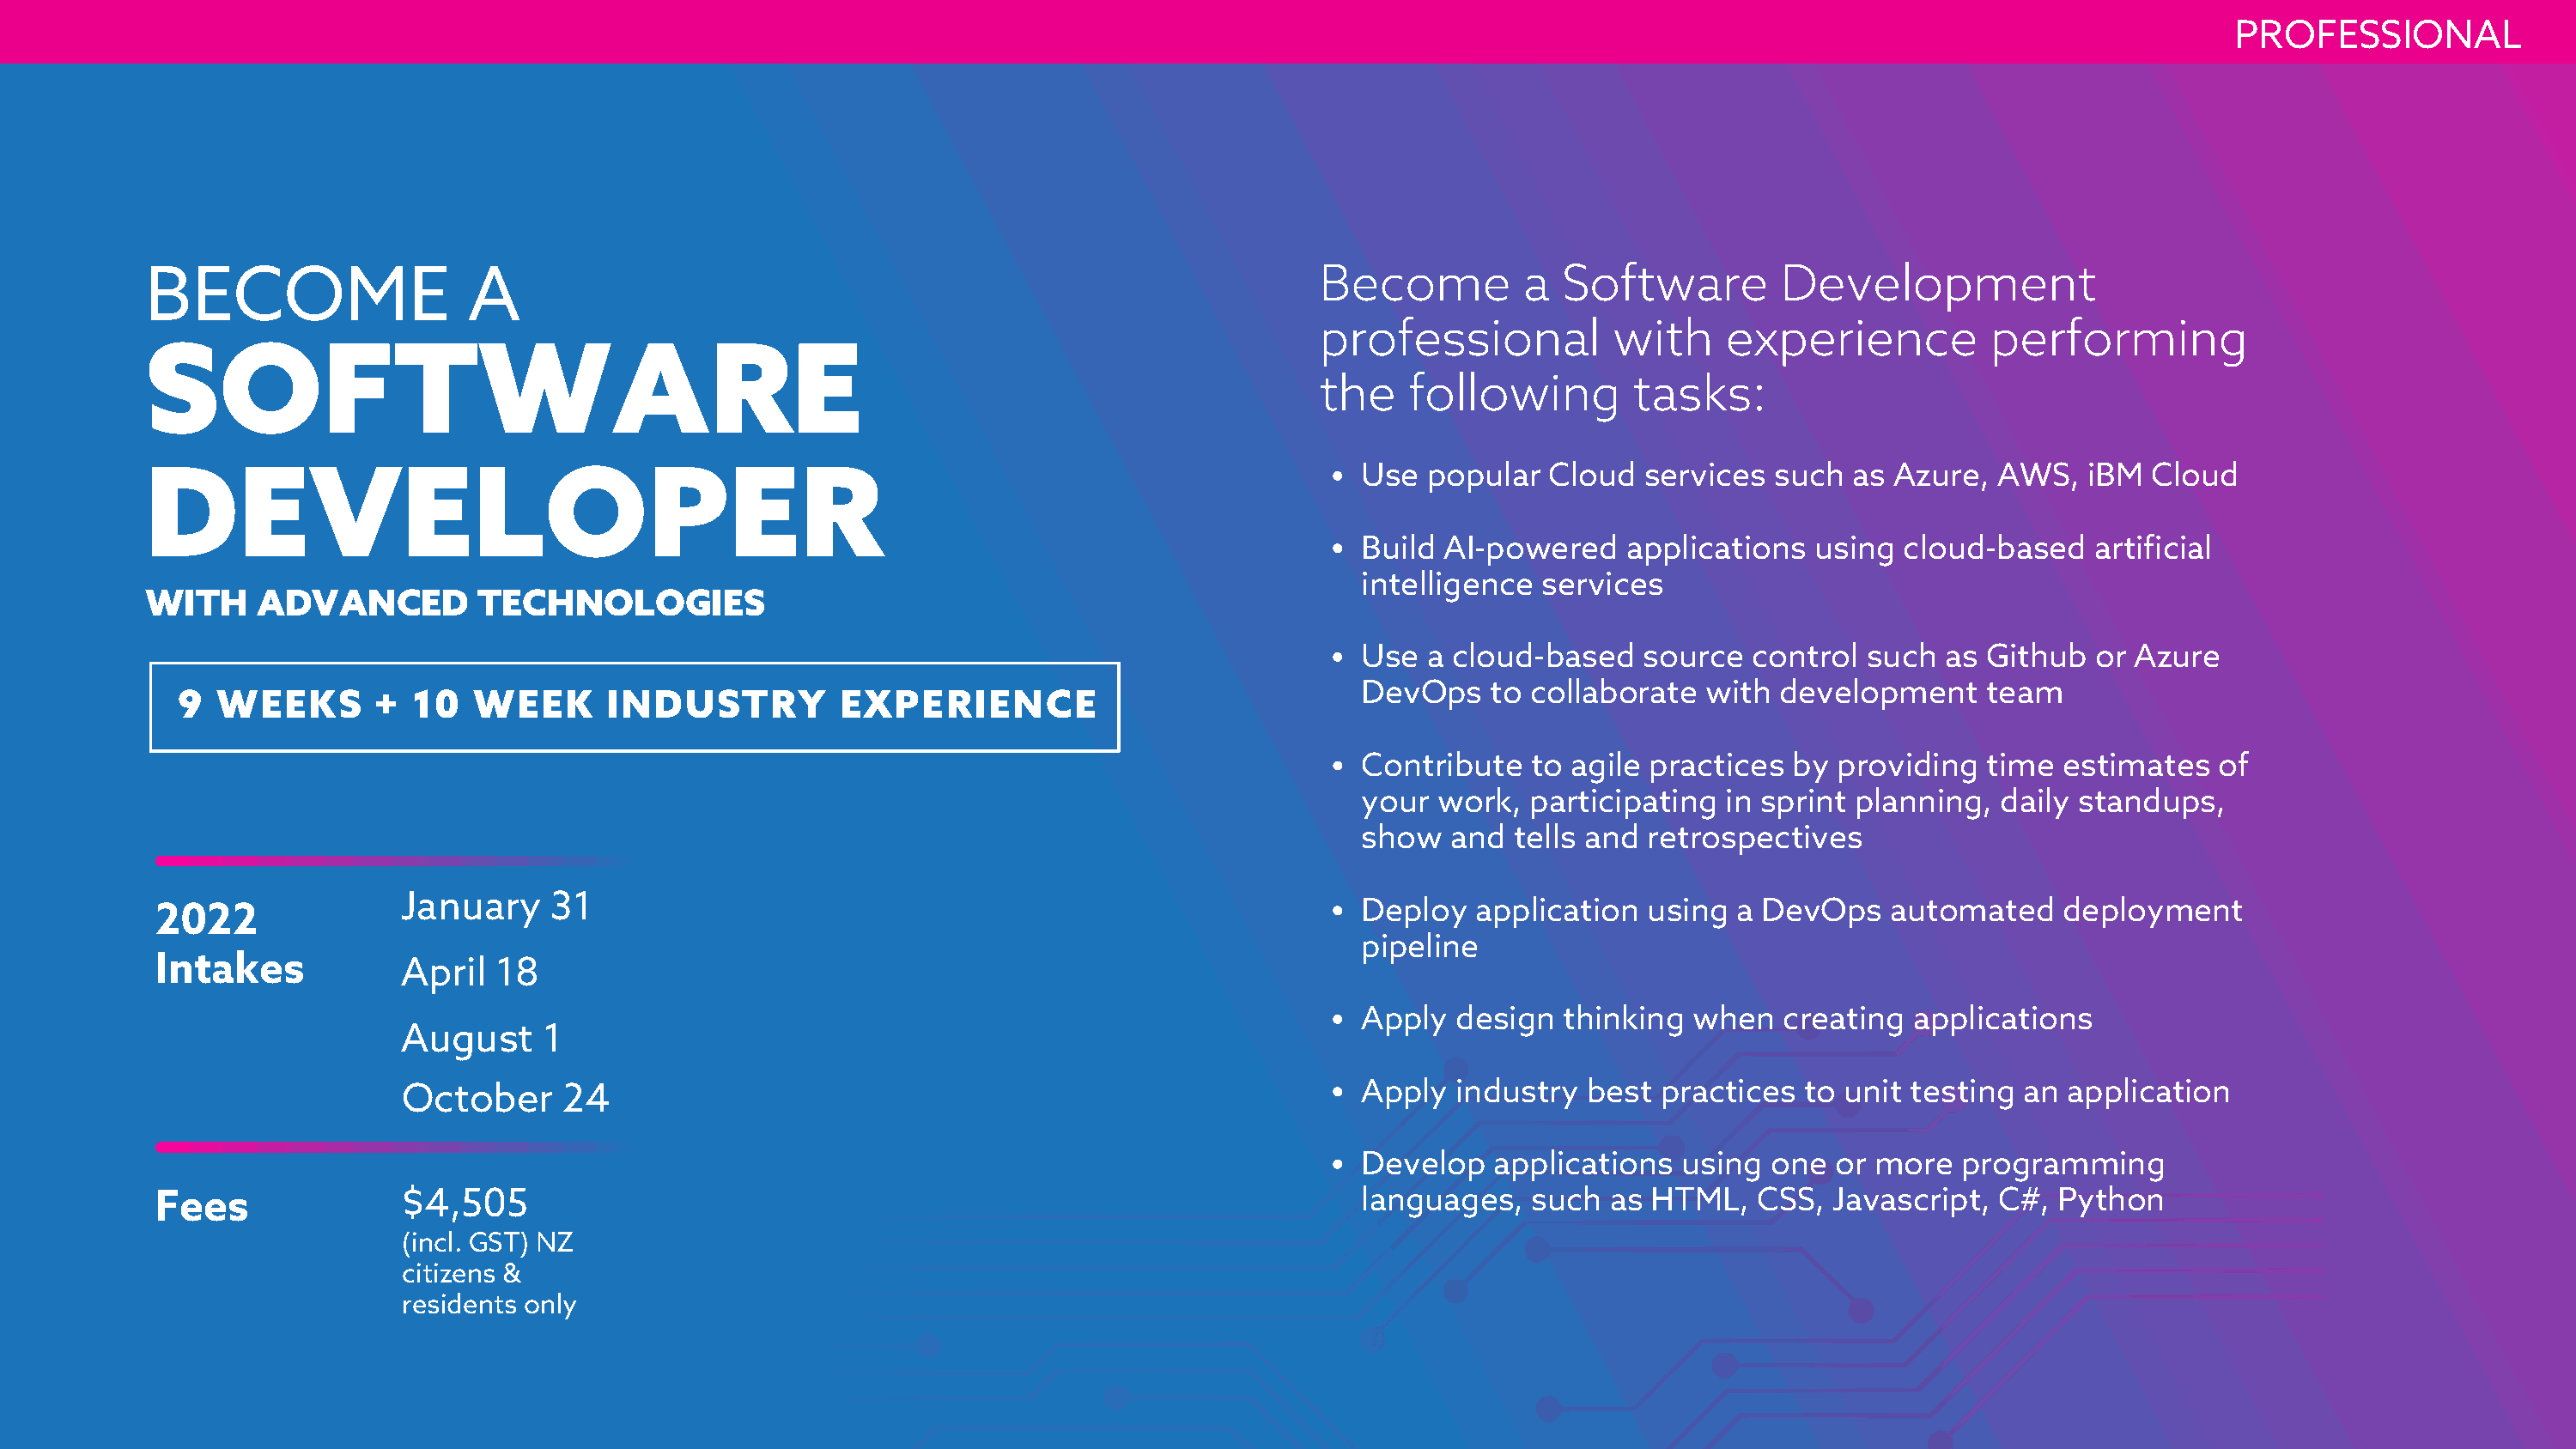
PROFESSIONAL
 BECOME                   A                                                                 Become         a  Software         Development
 professional          with     experience          performing
 SOFTWARE
 the    following        tasks:
 Use  popular  Cloud   services  such  as Azure,  AWS,   iBM  Cloud
 DEVELOPER
 Build AI-powered    applications   using  cloud-based   artificial
 intelligence  services
 WITH     ADVANCED         TECHNOLOGIES
 Use  a cloud-based    source  control  such  as Github   or Azure
 DevOps    to collaborate  with  development     team
 9  WEEKS       +  10  WEEK       INDUSTRY          EXPERIENCE
 Contribute   to agile practices  by  providing  time  estimates   of
 your  work,  participating  in sprint planning,  daily standups,
 show   and  tells and retrospectives
 January    31
 Deploy   application  using  a DevOps    automated    deployment
 2022
 pipeline
 Intakes            April  18
 Apply  design   thinking when   creating  applications
 August     1
 October     24                                                            Apply  industry  best  practices  to unit testing  an application
 Develop   applications   using  one or  more  programming
 Fees               $4,505                                                                    languages,   such  as HTML,   CSS,  Javascript,  C#,  Python
 (incl. GST) NZ
 citizens &
 residents only